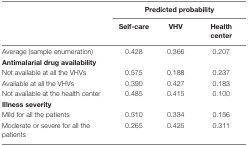
|  | <COLSPAN=3> Predicted probability | <COLSPAN=3>  |  |
 |  | Self-care | VHV | Health center |
 | --- | --- | --- | --- | --- | --- | --- | --- |
 | Average (sample enumeration) | 0.428 | 0.366 | 0.207 |
 | <COLSPAN=4> Antimalarial drug availability |
 | Not available at all the VHVs | 0.575 | 0.188 | 0.237 |
 | Available at all the VHVs | 0.390 | 0.427 | 0.183 |
 | Not available at the health center | 0.485 | 0.415 | 0.100 |
 | <COLSPAN=4> Illness severity |
 | Mild for all the patients | 0.510 | 0.334 | 0.156 |
 | Moderate or severe for all the patients | 0.265 | 0.425 | 0.311 |